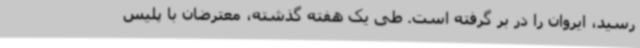
رسید، ایروان را در بر گرفته است. طی یک هفته گذشته، معترضان با پلیس